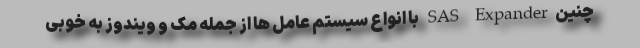
چنینSAS Expander با انواع سیستم عامل ها از جمله مک و ویندوز به خوبی